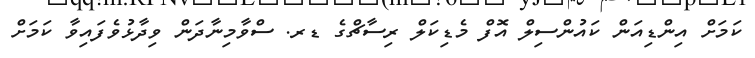
ކަމަށް އިންޑިއަން ކައުންސިލް އޮފް މެޑިކަލް ރިސާޗްގެ ޑރ. ސްވާމިނާދަން ވިދާޅުވެފައިވާ ކަމަށް